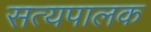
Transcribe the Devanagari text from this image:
सत्यपालक